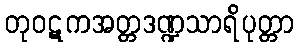
တုဝဋကအတ္တဒဏ္ဍသာရိပုတ္တာ